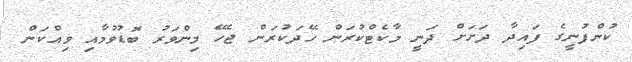
ކުންފުނީގެ ފައިދާ ދަށަށް ދަނީ މާކެޓްކުރަން ހޭދަކުރަން ޖެހޭ މިންވަރު ބޮޑުވުމާއި ވިއްކަން